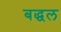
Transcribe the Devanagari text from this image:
बद्धल